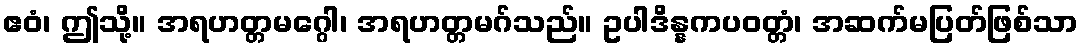
ဧဝံ၊ ဤသို့။ အရဟတ္တမဂ္ဂေါ၊ အရဟတ္တမဂ်သည်။ ဥပါဒိန္နကပဝတ္တံ၊ အဆက်မပြတ်ဖြစ်သာ